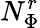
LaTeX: N_{\Phi}^{r}